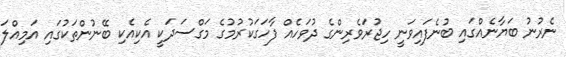
ނެރުނު ބަޔާނެއްގައި ބުނެފައިވަނީ ހިޖުރަވެރިންގެ ދުވަހެއް ފާހަގަކުރުމުގެ މަގްސަދަކީ އެކިއެކި ބޭނުންތަކުގައި އަމިއްލަ